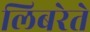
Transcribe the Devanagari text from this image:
लिबरेते